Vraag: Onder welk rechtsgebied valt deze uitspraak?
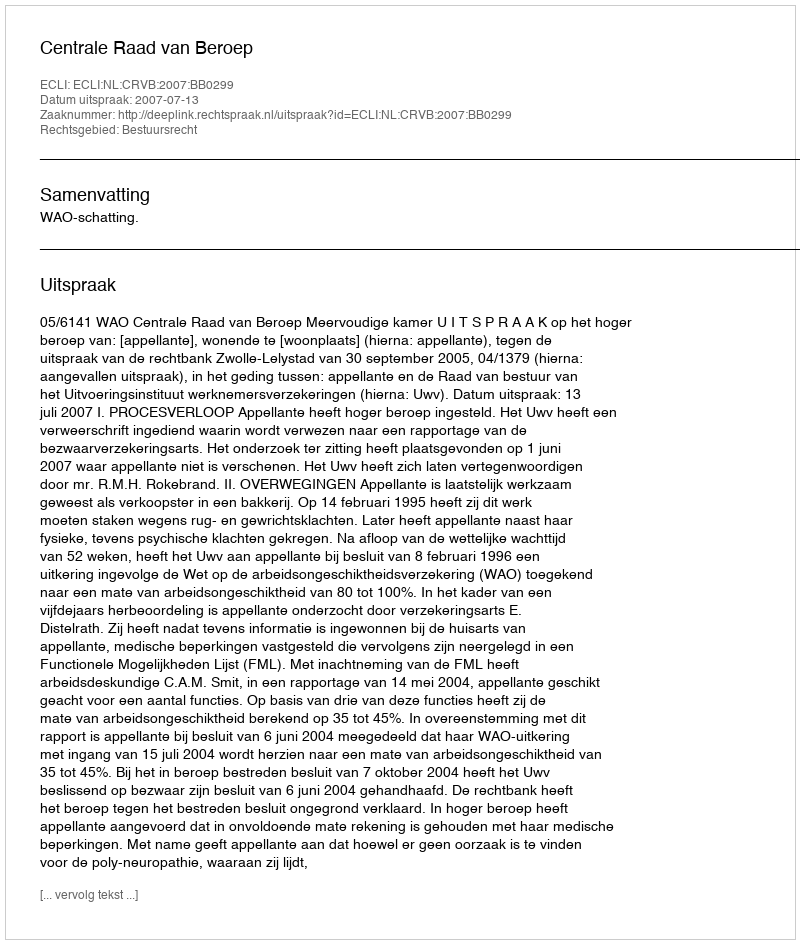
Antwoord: Bestuursrecht